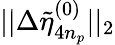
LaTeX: ||\Delta\tilde{\eta}_{4n_{p}}^{(0)}||_{2}